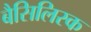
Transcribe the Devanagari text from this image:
बैसिलिस्क